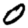
Digit: 0